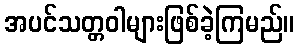
အပင်သတ္တဝါများဖြစ်ခဲ့ကြမည်။